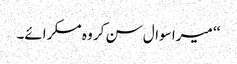
‘‘ میرا سوال سن کر وہ مسکرائے۔